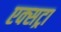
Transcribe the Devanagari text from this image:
एक्‍सट्रा